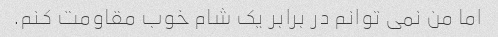
اما من نمی توانم در برابر یک شام خوب مقاومت کنم.